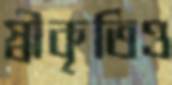
স্বীকৃতিও